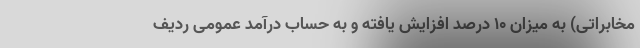
مخابراتی) به میزان ۱۰ درصد افزایش یافته و به حساب درآمد عمومی ردیف